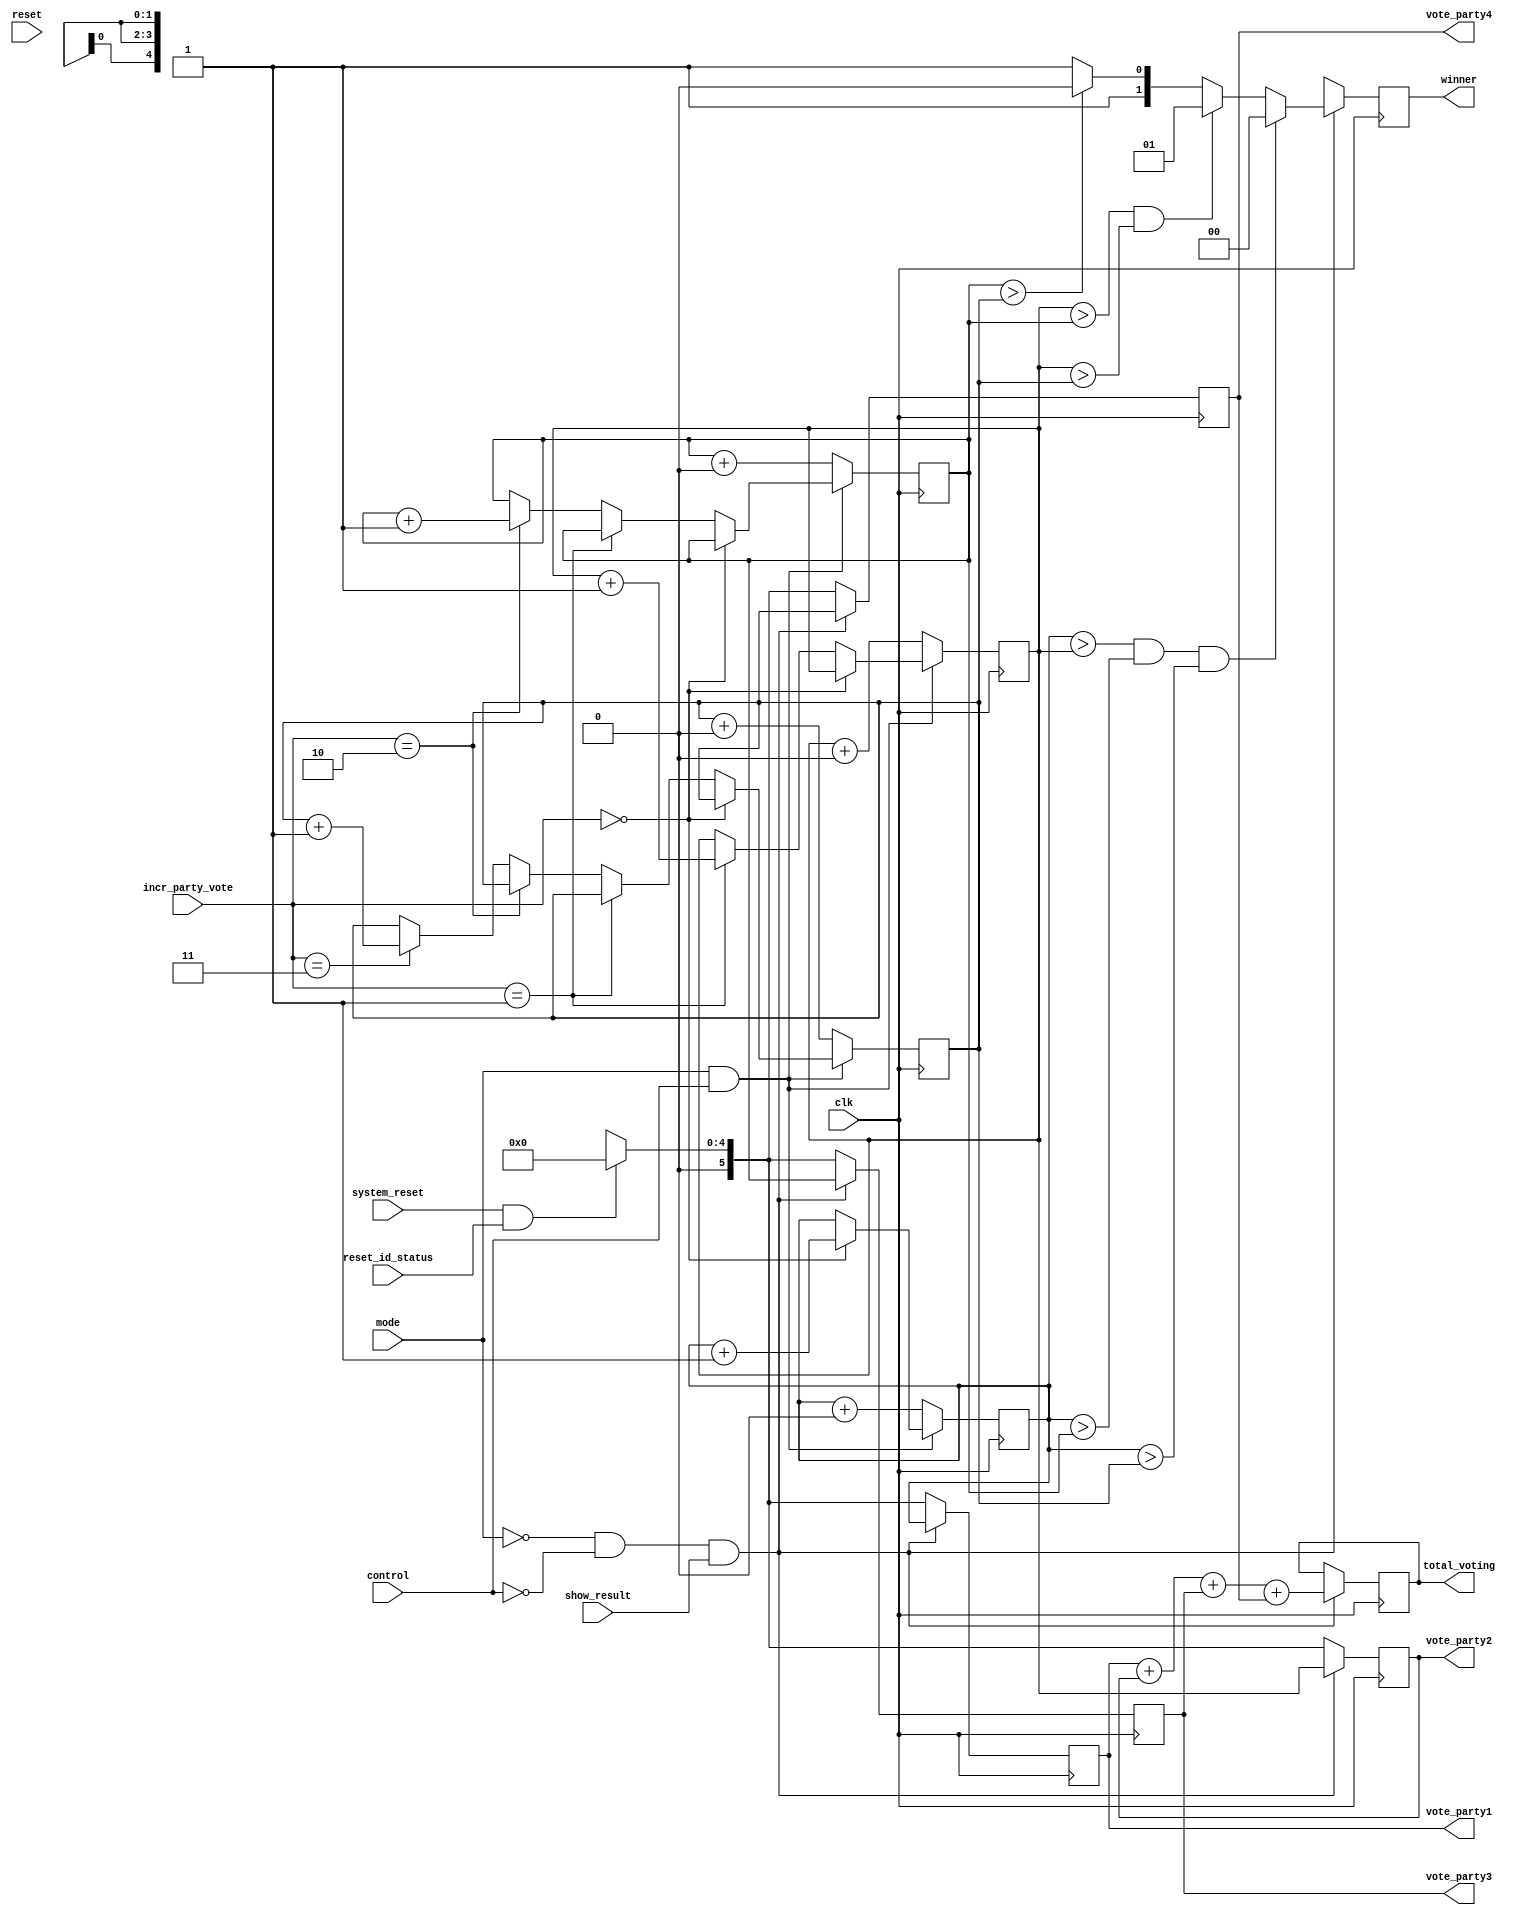
////////////////////////////////////////////////////////////////
// Copyright (c) Bhupendra Kumar Yadav                        //
// -----------------------------------------------------------//
// TYPE: module                                               //
// PROJECT: Electronic Voting Machine (EVM)                   //
// AUTHOR'S EMAIL: Yaduvanshi05bhupendra@gmail.com            //
//------------------------------------------------------------//
// Release history                                            //
// VERSION DATE AUTHOR DESCRIPTION                            //
// 1.0 17/08/2020 Bhupendra Kumar Yadav                       //
// 1.1 04/02/2021 Bhupendra Kumar Yadav                       //
//------------------------------------------------------------//
// KEYWORDS: binary counter, system reset, winner             //
//------------------------------------------------------------//
// PURPOSE: Party vote counter for EVM                        //
////////////////////////////////////////////////////////////////

////////////////////////////////////////////////////////////////
//-------------DEFINATION OF INPUT OUTPUT PORT----------------//
//----------------INPUT---------------------------------------//
// clk:             | Clock for synchronous function          //
//------------------|-----------------------------------------//
// reset:           | Reset for FSM. FSM will not start if    //
//                  | this is low                             //
//------------------|-----------------------------------------//
// mode:            | If mode is low EVM will be in seal mode //
//                  | If control is high counter will not show//
//                  | result                                  //
//                  | Mode = 1 Input mode                     //
//                  | Mode = 0 Output mode                    //
//------------------|-----------------------------------------// 
// contorl:         | It is control by officer. Officer will  //
//                  | make it high everytime voter have to    //
//                  | caste vote. Output can only been seen if//
//                  | control and mode is low. If control is  //
//                  | high counter will not show result       //
//------------------|-----------------------------------------//
// show_result:     |When this button is pressed Output       //
//                  |(Individual vote to each party and       //
//                  |Winner) will be displayed                //
//                  |It will work along with mode and control //
//------------------|-----------------------------------------//
// system_reset:    | This will clear counter value or party  //
//                  | vote will be set to zero                //
//------------------|-----------------------------------------//
// reset_id_status: | If you want to perform reset operation  //
//                  | you this signal to be high, Officer     //
//                  | will prove this signal                  //
//------------------|-----------------------------------------//
// incr_party_vote: | This signal will tell which             //
//                  | party vote will be incremented          // 
//                  | 00: Party 1                             //
//                  | 01: Party 2                             //
//                  | 10: Party 3                             //
//                  | 11: Party 4                             //
//------------------|-----------------------------------------//
//----------------OUTPUT--------------------------------------//
// total_voting:    | Total counting of voting done by voter  //
//------------------|-----------------------------------------//
// winner:          | Which Party gain max vote. Winner among //
//                  | four party                              //
//                  | 00: Party 1                             //
//                  | 01: Party 2                             //
//                  | 10: Party 3                             //
//                  | 11: Party 4                             //
//------------------|-----------------------------------------//
// vote_party1:     | Total vote gain by party 1              //
// vote_party1:     | Total vote gain by party 2              //
// vote_party1:     | Total vote gain by party 3              //
// vote_party1:     | Total vote gain by party 4              //
////////////////////////////////////////////////////////////////

module COUNTER_MODULE 
#(
parameter VOTE_LIMIT = 6                      // one party can get 2**6=64 vote only
)
(input clk,                        
 input reset,                     
 input mode,                       
 input control, 
 input show_result,
 input system_reset,          
 input reset_id_status,       
 input [1:0] incr_party_vote, 
 output reg [1:0] winner,
 output reg [VOTE_LIMIT+2:0] total_voting,
 output reg [VOTE_LIMIT-1:0] vote_party1, 
 output reg [VOTE_LIMIT-1:0] vote_party2, 
 output reg [VOTE_LIMIT-1:0] vote_party3, 
 output reg [VOTE_LIMIT-1:0] vote_party4
);

reg [VOTE_LIMIT-1:0] party1 = 0;                  //register to store vote of party 1
reg [VOTE_LIMIT-1:0] party2 = 0;                  //register to store vote of party 1
reg [VOTE_LIMIT-1:0] party3 = 0;                  //register to store vote of party 1
reg [VOTE_LIMIT-1:0] party4 = 0;                  //register to store vote of party 1

always @(posedge clk)
begin
   if ( mode==1'b1 && control == 1'b1)    // If mode is in input mode and officer has done
   begin                                  // control signal high
      if (incr_party_vote==2'b00)
         party1 <= party1 + 6'd1;         //incrementing party 1 vote

      else if (incr_party_vote==2'b01)
         party2 <= party2 + 6'd1;         //incrementing party 2 vote

      else if (incr_party_vote==2'b10)
         party3 <= party3 + 6'd1;         //incrementing party 3 vote

      else if (incr_party_vote==2'b11)
         party4 <= party4 + 6'd1;         //incrementing party 4 vote
   end 
   else                                   // If control is zero than no increment in vote
   begin
         party1 <= party1 + 6'd0;         //incrementing party 1 vote
         party2 <= party2 + 6'd0;         //incrementing party 2 vote
         party3 <= party3 + 6'd0;         //incrementing party 3 vote
         party4 <= party4 + 6'd0;         //incrementing party 4 vote  
   end
end

// This block will count vote to each party , total vote and winner

always@(posedge clk)
begin
   if ( mode==1'b0 && control == 1'b0 && show_result == 1'b1) // When this condition will meet then 
      begin                                                   // only party vote will assigned to output
         vote_party1 <= party1;                               // when show_result is high put value of party1 into vote_party1
         vote_party2 <= party2;
         vote_party3 <= party3;
         vote_party4 <= party4;
		 
         if (party1 > party2 && party1 > party3 && party1 > party4) // Checkig if party1 is winner
            winner <= 2'b00;
         else if (party2 > party3 && party2 > party4)               // Checkig if party2 is winner
            winner <= 2'b01;
         else if (party3 > party4)                                  // Checkig if party3 is winner
            winner <= 2'b10;
         else                                                       // else party4 is winner
            winner <= 2'b11;

            total_voting <= (vote_party1 + vote_party2 + vote_party3 + vote_party4); // Counting of total vote
      end
   else if (system_reset == 1'b1 && reset_id_status == 1'b1) // Setting all value to zero when system reset is done
   begin	
      vote_party1 <= 5'b00000;
      vote_party2 <= 5'b00000;
      vote_party3 <= 5'b00000;
      vote_party4 <= 5'b00000;
      winner      <= 2'bx;
   end
	else                                                       // If mode and control value are different then all
	begin                                                      // data will be deleated
      vote_party1 <= 5'bxxxxx;
      vote_party2 <= 5'bxxxxx;
      vote_party3 <= 5'bxxxxx;
      vote_party4 <= 5'bxxxxx;
      winner      <= 2'bx;
	end
end 

endmodule